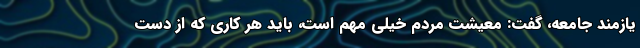
یازمند جامعه، گفت: معیشت مردم خیلی مهم است، باید هر کاری که از دست